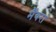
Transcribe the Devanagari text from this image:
मैंबरां